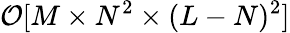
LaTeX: \mathcal{O}[M\times N^{2}\times(L-N)^{2}]